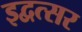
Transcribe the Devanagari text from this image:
इद्वत्सर